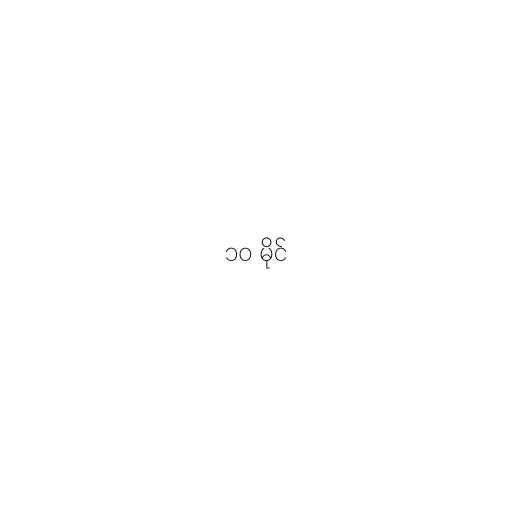
၁၀ မိုင်